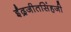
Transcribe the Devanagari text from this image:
ईंद्रजीतसिंहजी